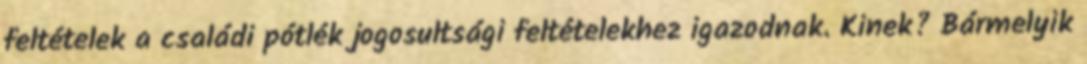
feltételek a családi pótlék jogosultsági feltételekhez igazodnak. Kinek? Bármelyik